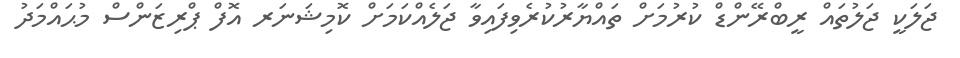
ޖަލަކީ ޖަލުތައް ރީބްރޭންޑް ކުރުމަށް ތައްޔާރުކުރެވިފައިވާ ޖަލެއްކަމަށް ކޮމިޝަނަރ އޮފް ޕްރިޒަންސް މުޙައްމަދު